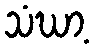
သံဃာ့